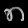
Digit: ၈